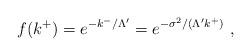
LaTeX: \begin{align*}f( k^+ ) = e^{- k^-/\Lambda' } = e^{- \sigma^2 / ( \Lambda' k^+ ) }~, \end{align*}